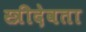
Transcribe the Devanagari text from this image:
स्त्रीदेवता